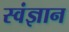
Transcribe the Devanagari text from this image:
स्वंज्ञान